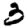
Digit: 3